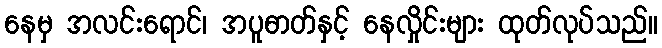
နေမှ အလင်းရောင်၊ အပူဓာတ်နှင့် နေလှိုင်းများ ထုတ်လုပ်သည်။